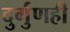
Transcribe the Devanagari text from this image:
दुर्गुणही